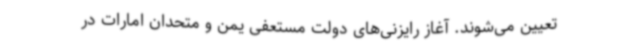
تعیین می‌شوند. آغاز رایزنی‌های دولت مستعفی یمن و متحدان امارات در